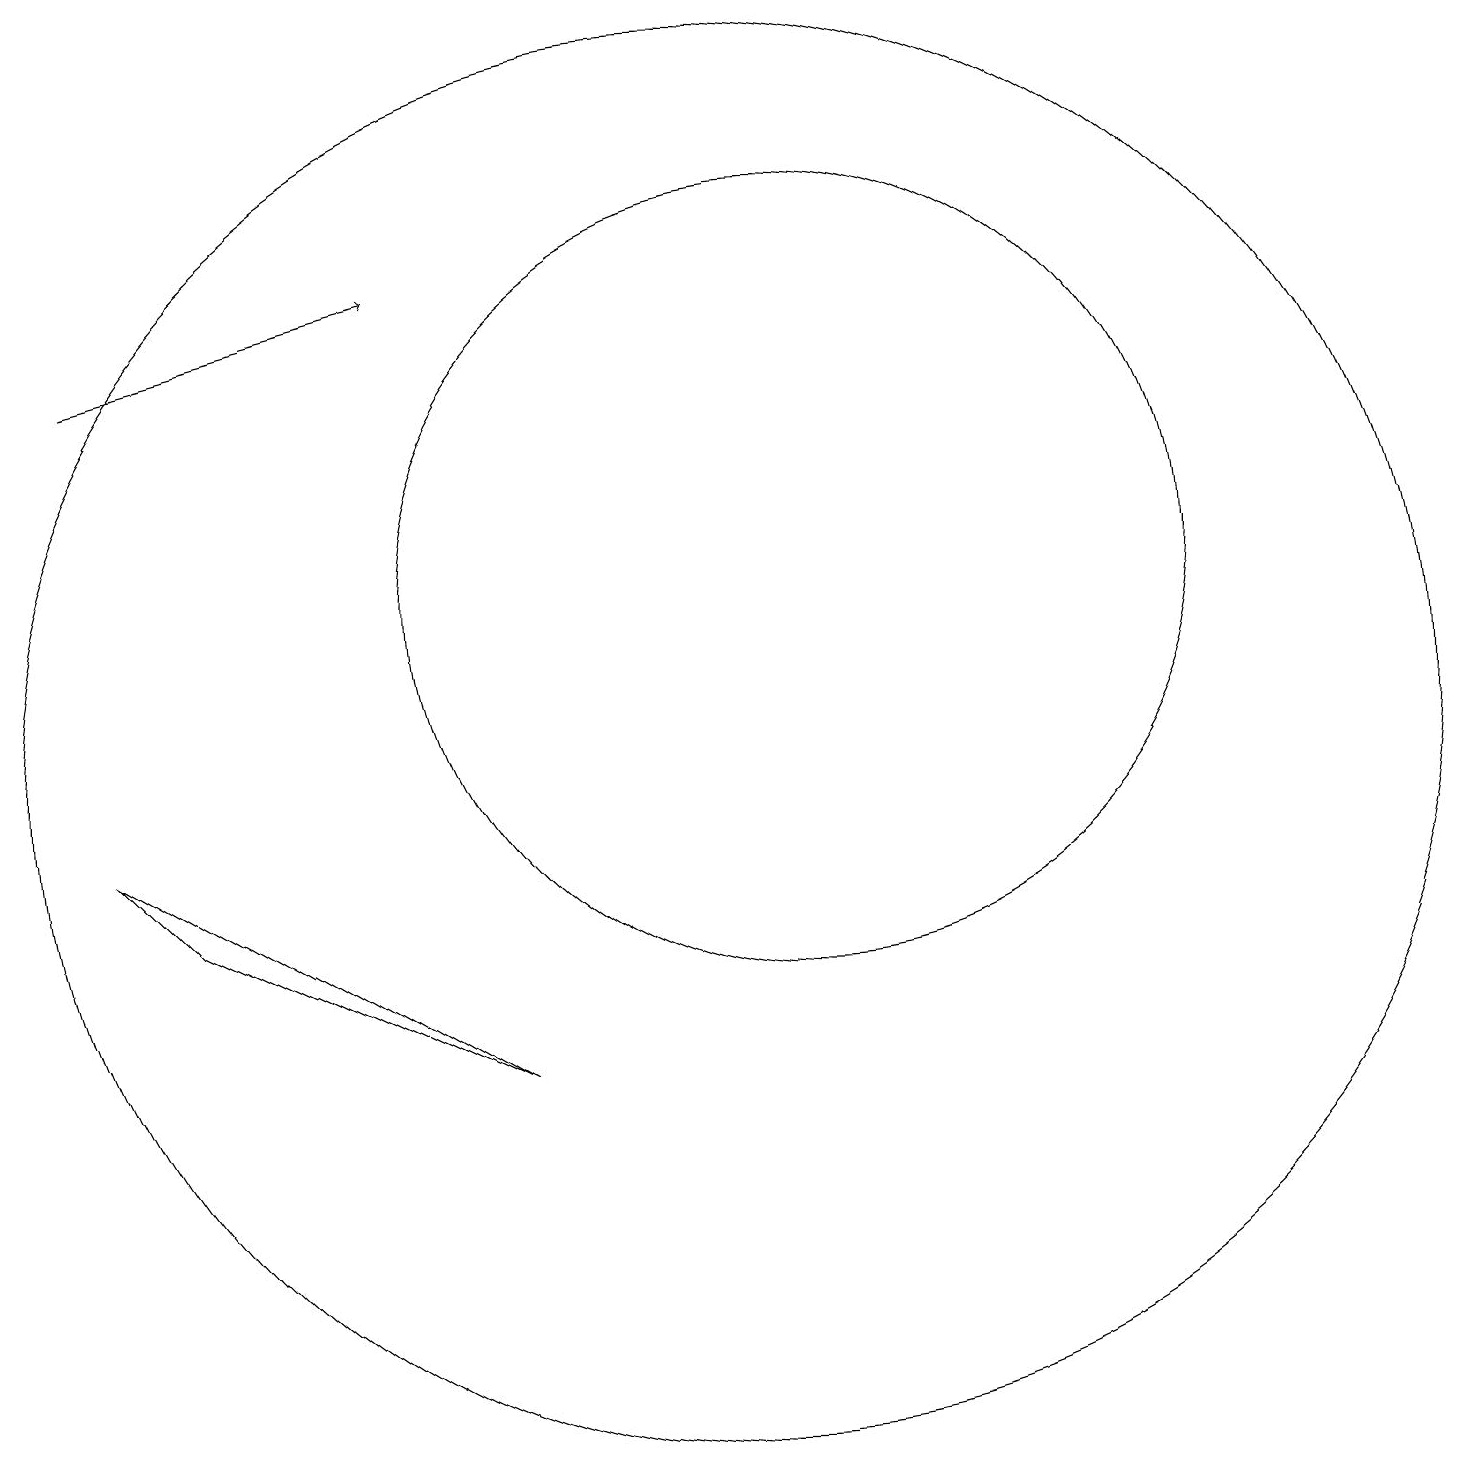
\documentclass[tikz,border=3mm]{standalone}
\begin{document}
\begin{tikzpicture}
\draw (11,10) circle (9);
\draw (4,8) -- (8,6) -- (3,9) -- cycle;
\draw (12,12) circle (5);
\draw[->] (3,15) -- (7,16);
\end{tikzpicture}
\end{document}